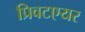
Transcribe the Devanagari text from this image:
प्रिवटएयर